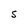
Character: S